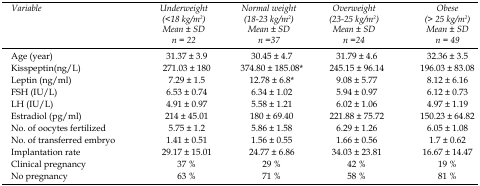
<table><thead><tr><td><b>Variable</b></td><td><b>Underweight (&lt;18 kg/m<sup>2</sup>) Mean ± SD n = 22</b></td><td><b>Normal weight (18-23 kg/m<sup>2</sup>) Mean ± SD n =37</b></td><td><b>Overweight (23-25 kg/m<sup>2</sup>) Mean ± SD n =24</b></td><td><b>Obese (&gt; 25 kg/m<sup>2</sup>) Mean ± SD n = 49</b></td></tr></thead><tbody><tr><td>Age (year)</td><td>31.37 ± 3.9</td><td>30.45 ± 4.7</td><td>31.79 ± 4.6</td><td>32.36 ± 3.5</td></tr><tr><td>Kisspeptin(ng/L)</td><td>271.03 ± 180</td><td>374.80 ± 185.08*</td><td>245.15 ± 96.14</td><td>196.03 ± 83.08</td></tr><tr><td>Leptin (ng/ml)</td><td>7.29 ± 1.5</td><td>12.78 ± 6.8*</td><td>9.08 ± 5.77</td><td>8.12 ± 6.16</td></tr><tr><td>FSH (IU/L)</td><td>6.53 ± 0.74</td><td>6.34 ± 1.02</td><td>5.94 ± 0.97</td><td>6.12 ± 0.73</td></tr><tr><td>LH (IU/L)</td><td>4.91 ± 0.97</td><td>5.58 ± 1.21</td><td>6.02 ± 1.06</td><td>4.97 ± 1.19</td></tr><tr><td>Estradiol (pg/ml)</td><td>214 ± 45.01</td><td>180 ± 69.40</td><td>221.88 ± 75.72</td><td>150.23 ± 64.82</td></tr><tr><td>No. of oocytes fertilized</td><td>5.75 ± 1.2</td><td>5.86 ± 1.58</td><td>6.29 ± 1.26</td><td>6.05 ± 1.08</td></tr><tr><td>No. of transferred embryo</td><td>1.41 ± 0.51</td><td>1.56 ± 0.55</td><td>1.66 ± 0.56</td><td>1.7 ± 0.62</td></tr><tr><td>Implantation rate</td><td>29.17 ± 15.01</td><td>24.77 ± 6.86</td><td>34.03 ± 23.81</td><td>16.67 ± 14.47</td></tr><tr><td>Clinical pregnancy</td><td>37 %</td><td>29 %</td><td>42 %</td><td>19 %</td></tr><tr><td>No pregnancy</td><td>63 %</td><td>71 %</td><td>58 %</td><td>81 %</td></tr></tbody></table>